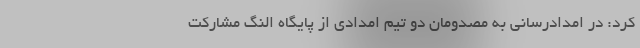
کرد: در امدادرسانی به مصدومان دو تیم امدادی از پایگاه النگ مشارکت